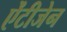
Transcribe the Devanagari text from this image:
ऐंटीजेन